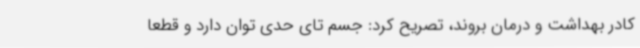
کادر بهداشت و درمان بروند، تصریح کرد: جسم تای حدی توان دارد و قطعا